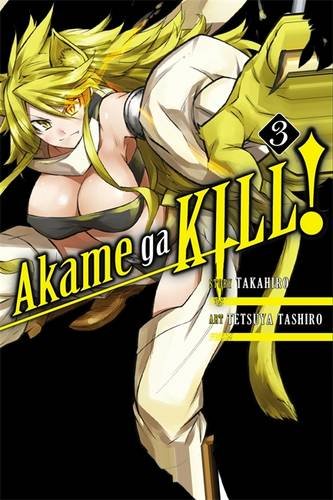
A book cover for Akame ga KILL!, Vol. 3; Takahiro; Comics & Graphic Novels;